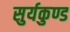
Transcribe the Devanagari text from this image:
सुर्यकुण्ड